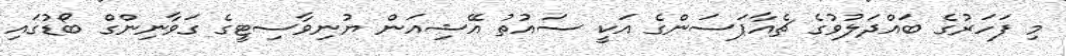
މި ފަހަރުގެ ބައްދަލުވުގެ ޗެއާޕަސަންގެ އަކީ ސައުތު އޭޝިއަން ޔުނިވާސިޓީގެ ގަވާނިންގް ބޯޑުގައި